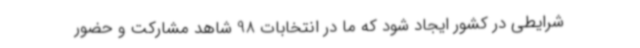
شرایطی در کشور ایجاد شود که ما در انتخابات 98 شاهد مشارکت و حضور